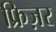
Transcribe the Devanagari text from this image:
फ्रिज़र